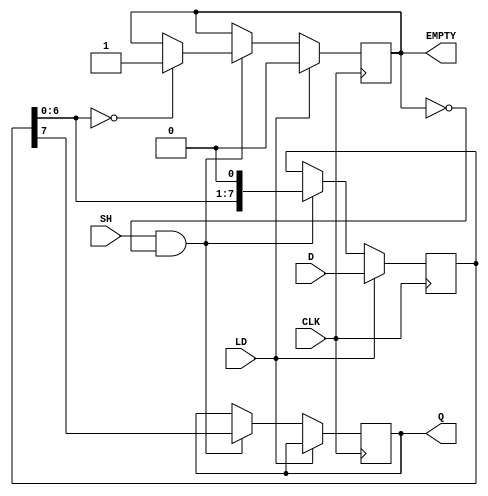
module PISO_Register #(
    parameter WIDTH = 8  // Parameter for the width of the register
)(
    input wire [WIDTH-1:0] D,    // Parallel data input
    input wire LD,                // Load control signal
    input wire CLK,               // Clock signal
    input wire SH,                // Shift control signal
    output reg Q,                 // Serial output
    output reg EMPTY              // Empty signal
);

    reg [WIDTH-1:0] shift_reg;    // Internal shift register

    always @(posedge CLK) begin
        if (LD) begin
            // Load data into the shift register
            shift_reg <= D;
            EMPTY <= 1'b0; // Register is not empty after loading
        end else if (SH && !EMPTY) begin
            // Shift data out serially
            Q <= shift_reg[WIDTH-1]; // Output the MSB
            shift_reg <= {shift_reg[WIDTH-2:0], 1'b0}; // Shift left
            // Check if the register is empty after shifting
            if (shift_reg[WIDTH-2:0] == 0) begin
                EMPTY <= 1'b1; // Register is empty
            end
        end
    end

    // Initialize EMPTY signal
    initial begin
        EMPTY = 1'b1; // Register is empty at start
        Q = 1'b0;     // Initialize serial output
    end

endmodule